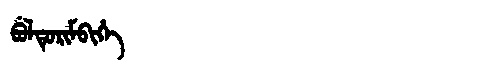
Manchu: ᠪᡠᠯᡨᡠᡵᡳᠮᠪᡳᡥᡝ
Romanization: BULTURIMBIHE